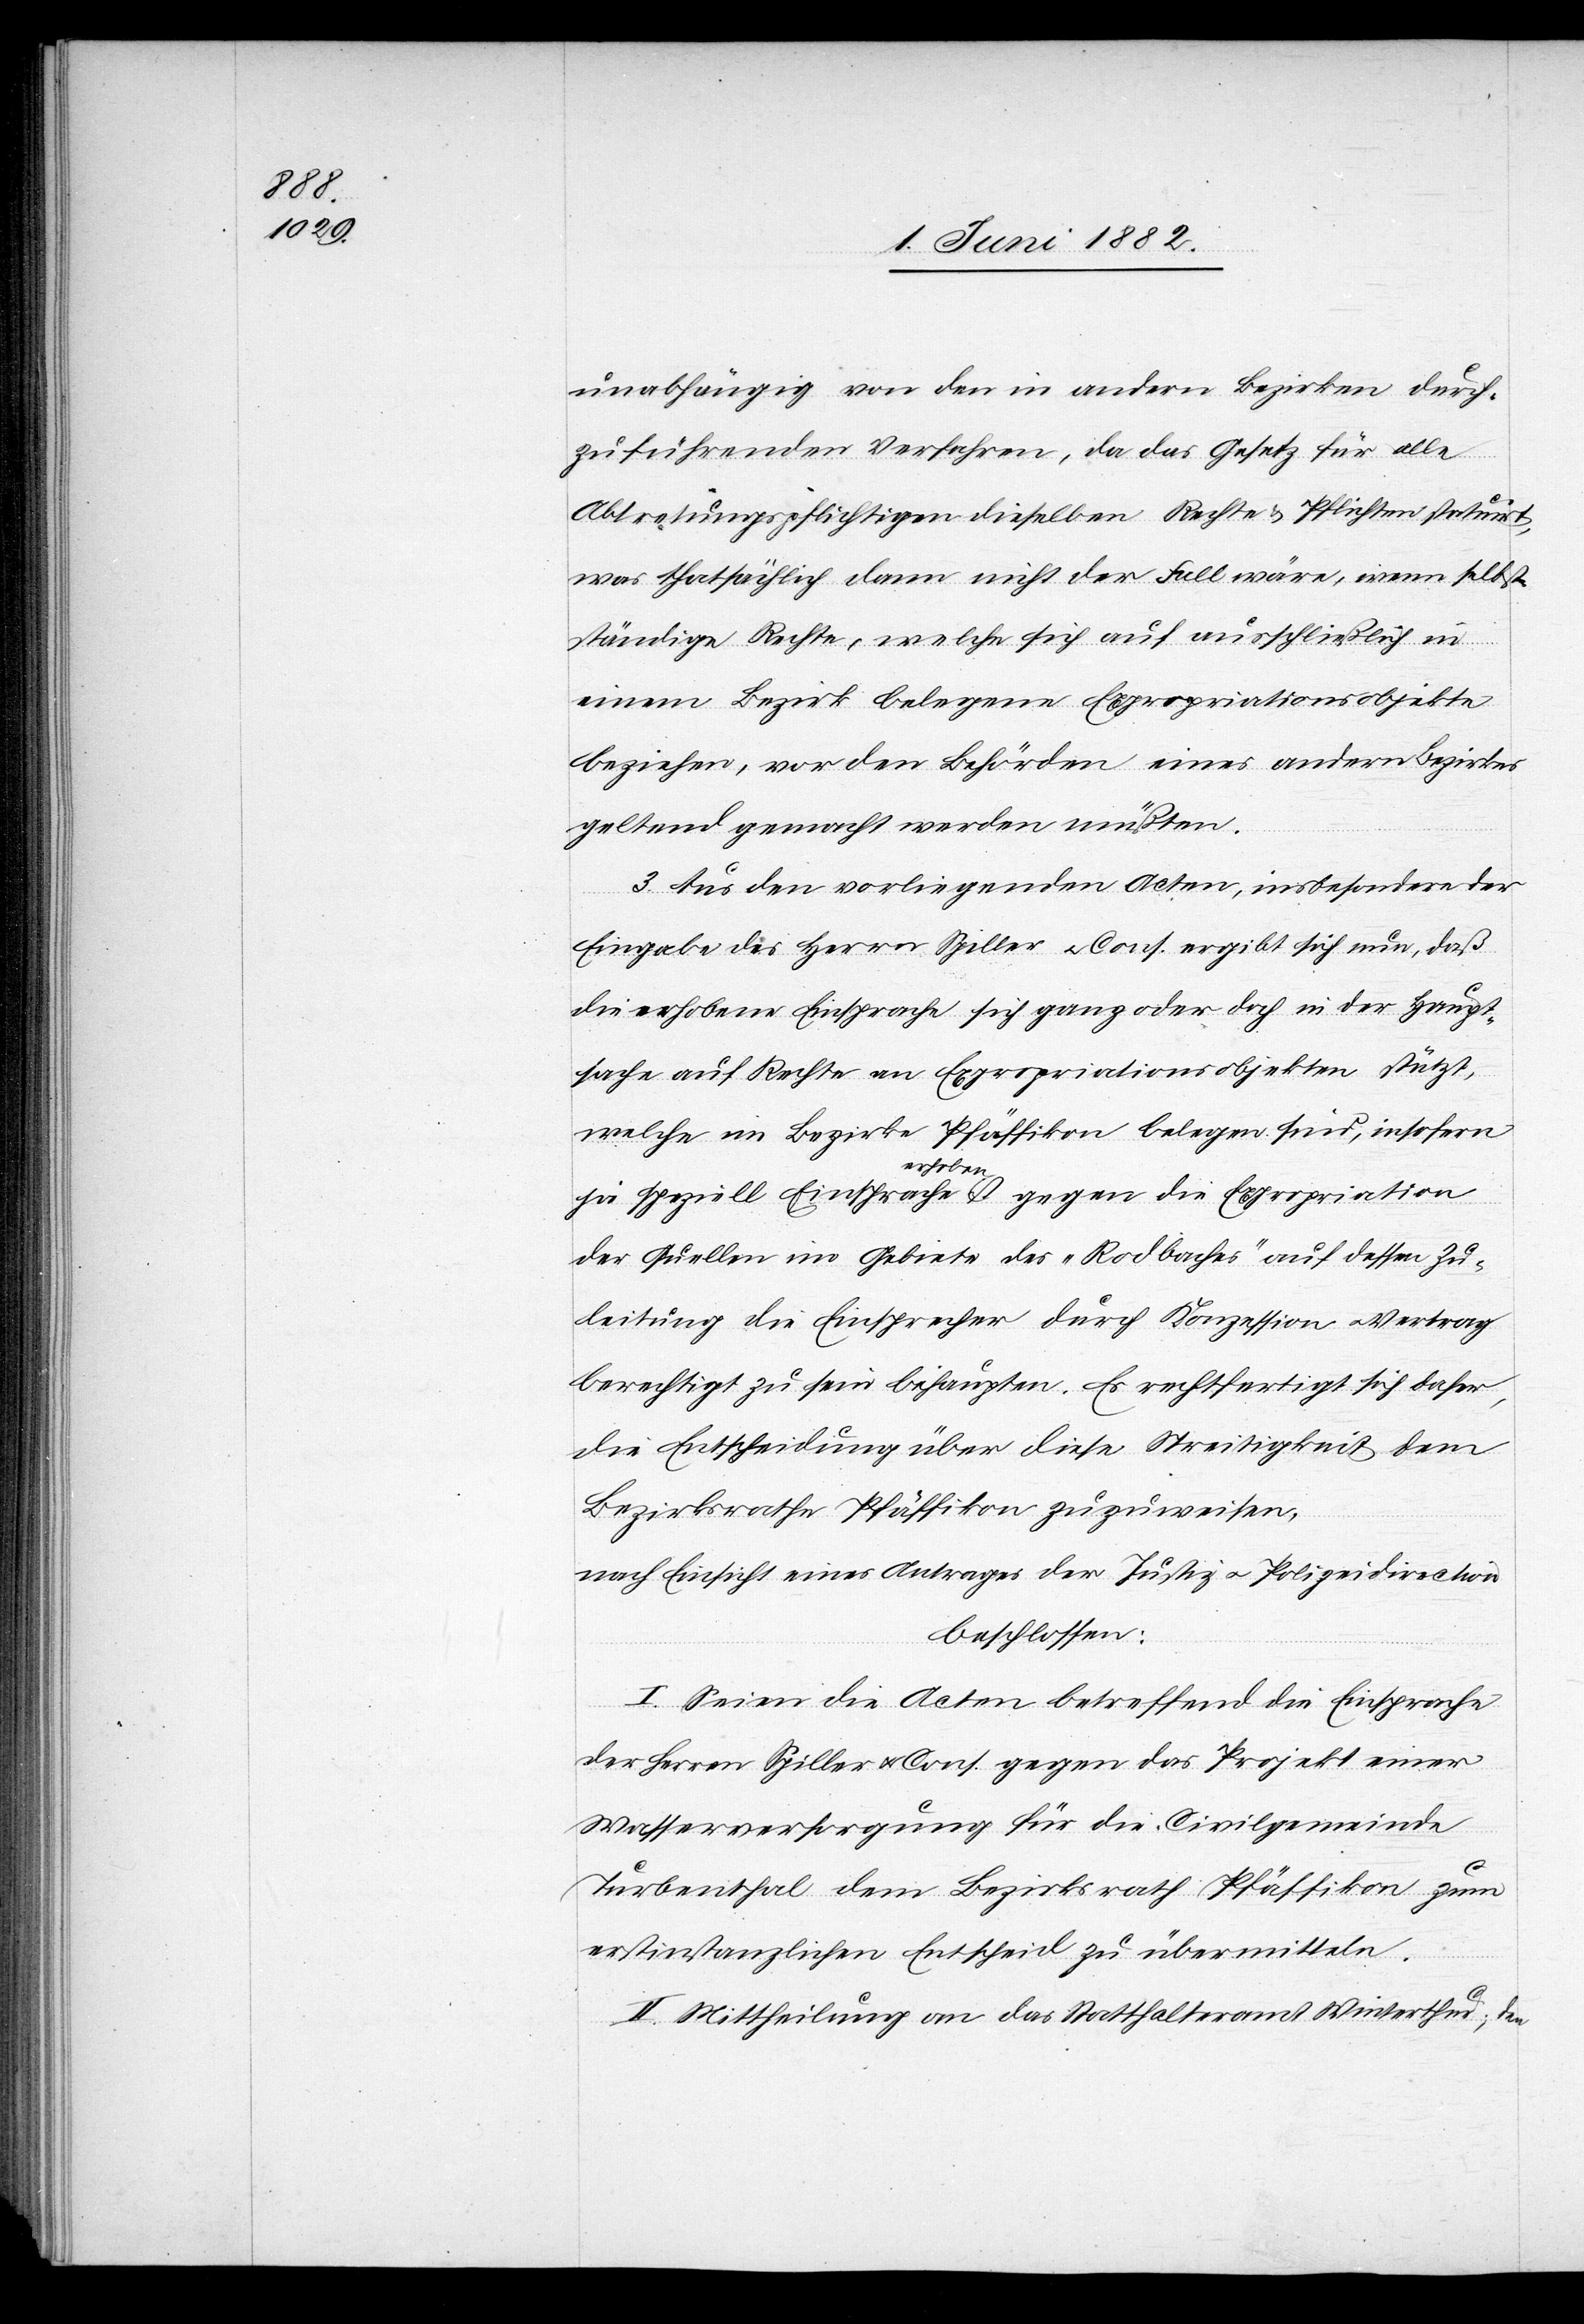
unabhängig von den in andern Bezirken durch¬
zuführenden Verfahren, da das Gesetz für alle
Abtretungspflichtigen dieselben Rechte & Pflichtet statuirt,
was thatsächlich dann nicht der Fall wäre, wenn selbst¬
ständige Rechte, welche sich auf ausschließlich in
einem Bezirk belegene Expropriationsobjekte
beziehen, vor den Behörden eines andern Bezirkes
geltend gemacht werden müßten.
3. Aus den vorliegenden Acten, insbesondere der
Eingabe des Herrn Spiller u. Cons. ergibt sich nun, daß
die erhobene Einsprache sich ganz oder doch in der Haupt¬
sache auf Rechte von Expropriationsobjekten stützt,
welche im Bezirke Pfäffikon belegen sind, insofern
ja speziell Einsprache Erhoben ist gegen die Expropriation
der Quellen im Gebiete des „Rodbaches“ auf dessen Zu¬
leitung die Einsprecher durch Konzession u. Vertrag
berechtigt zu sein behaupten. Es rechtfertigt sich daher,
die Entscheidung über diese Streitigkeit dem
Bezirksrathe Pfäffikon zuzuweisen.
nach Einsicht eines Antrages der Justiz- u. Polizeidirection,
beschlossen:
I. Seien die Acten betreffend die Einsprache
der Herren Spiller u. Cons. gegen das Projekt einer
Wasserversorgung für die Civilgemeinde
Turbenthal dem Bezirksrath Pfäffikon zum
erstinstanzlichen Entscheid zu übermitteln.
II. Mittheilung an das Statthalteramt Winterthur, den